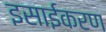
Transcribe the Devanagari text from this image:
इसाईकरण